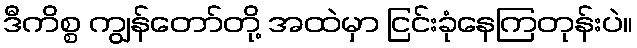
ဒီကိစ္စ ကျွန်တော်တို့ အထဲမှာ ငြင်းခုံနေကြတုန်းပဲ။